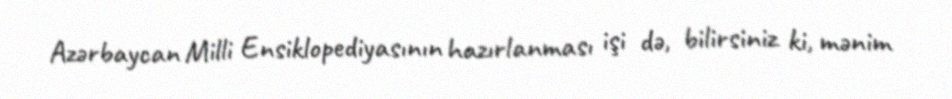
Azərbaycan Milli Ensiklopediyasının hazırlanması işi də, bilirsiniz ki, mənim